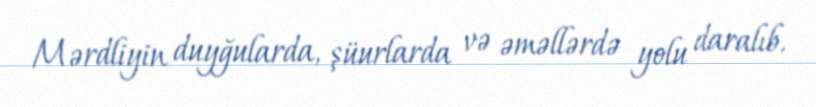
Mərdliyin duyğularda, şüurlarda və əməllərdə yolu daralıb.